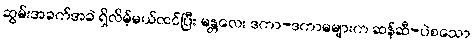
ဆွမ်းအခက်အခဲ ရှိလိမ့်မယ်ထင်ပြီး မန္တလေး ဒကာ-ဒကာမများက ဆန်ဆီ-ပဲစသော